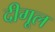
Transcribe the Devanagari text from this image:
दीगूल